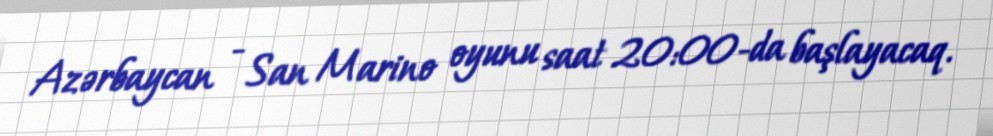
Azərbaycan - San Marino oyunu saat 20:00-da başlayacaq.